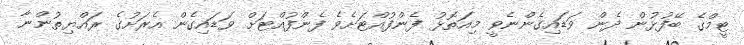
ޓީމްގެ ބޭފުޅުން ދެން ވަޑައިގެންނެވީ މިއަތޮޅު ފެންފުއްޓަށެވެ ފެންފުއްޓަށް ވަޑައިގެން އެރަށުގެ ރައްޔިތުންނާ